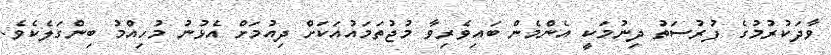
ވާދަކުރުމުގެ ފުރުސަތު ދިނުމަކީ އެންމެން ބައިވެރިވާ މުޖުތަމައުއަކަށް ދިއުމަށް އެޅުނު މުހިއްމު ބިންގަލެކެވެ.